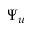
\Psi _ { u }